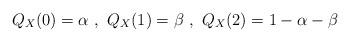
LaTeX: \begin{align*}Q_X(0)=\alpha\ ,\ Q_X(1)=\beta\ ,\ Q_X(2)=1-\alpha-\beta\end{align*}